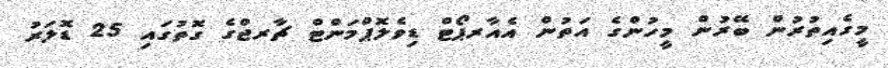
މީގެއިތުރުން ބޭރުން މީހުންގެ އަތުން އެއާރޕޯޓް ޑިވެލޮޕްމަންޓް ޗާރޖްގެ ގޮތުގައި 25 ޑޮލަރު